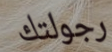
رجولتك